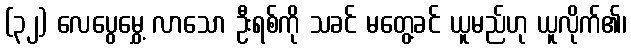
(၃၂) လေပွေမွှေ့ လာသော ဦးရစ်ကို သခင် မတွေ့ခင် ယူမည်ဟု ယူလိုက်၏၊